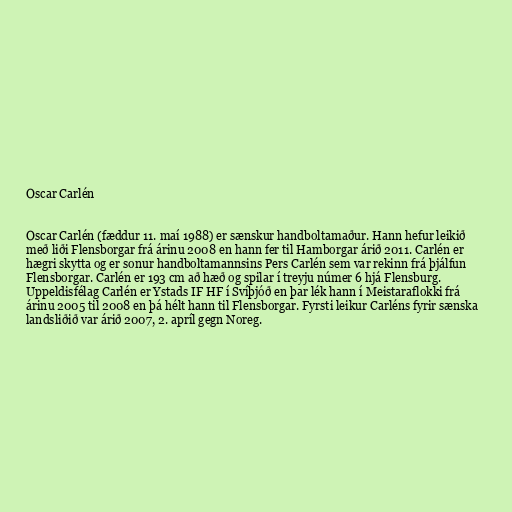
Oscar Carlén

Oscar Carlén (fæddur 11. maí 1988) er sænskur handboltamaður. Hann hefur leikið
með liði Flensborgar frá árinu 2008 en hann fer til Hamborgar árið 2011. Carlén er
hægri skytta og er sonur handboltamannsins Pers Carlén sem var rekinn frá þjálfun
Flensborgar. Carlén er 193 cm að hæð og spilar í treyju númer 6 hjá Flensburg.
Uppeldisfélag Carlén er Ystads IF HF í Svíþjóð en þar lék hann í Meistaraflokki frá
árinu 2005 til 2008 en þá hélt hann til Flensborgar. Fyrsti leikur Carléns fyrir sænska
landsliðið var árið 2007, 2. apríl gegn Noreg.